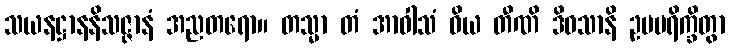
သယနဋ္ဌာနနိသဇ္ဇာနံ အညတရော။ တသ္မာ တံ အာဝါသံ ဝိယ တီဏိ ဒိဝသာနိ ဥပပရိက္ခိတွာ